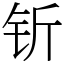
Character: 𬬱